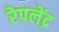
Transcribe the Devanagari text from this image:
रेपलेंद्र